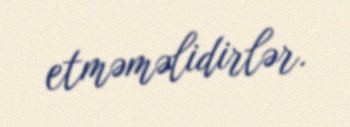
etməməlidirlər.